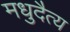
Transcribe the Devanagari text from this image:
मधुदैत्य